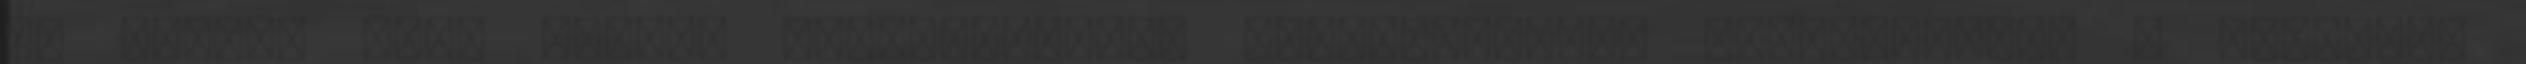
ám Nicole Coco Austin mindannyiszor kategorikusan elutasította a vádakat.